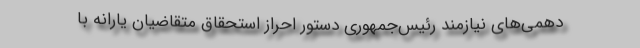
دهمی‌های نیازمند رئیس‌جمهوری دستور احراز استحقاق متقاضیان یارانه با